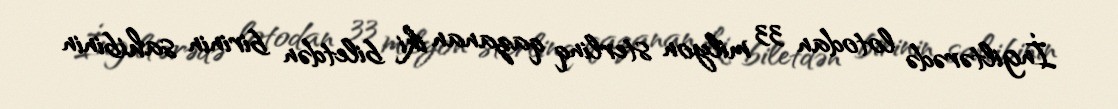
İngiltərədə lotodan 33 milyon sterlinq qazanan iki biletdən birinin sahibinin